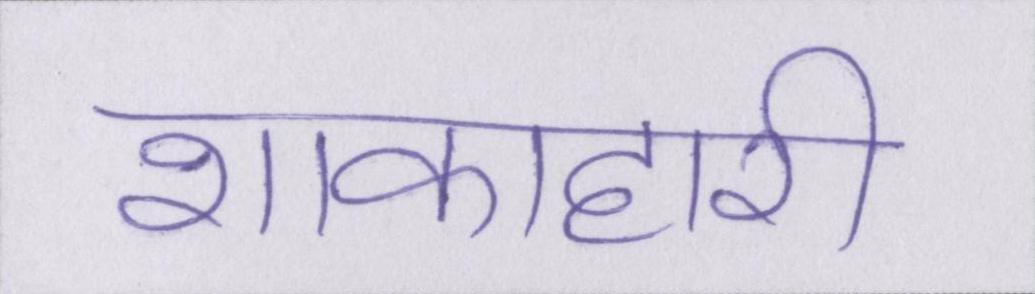
शाकाहारी